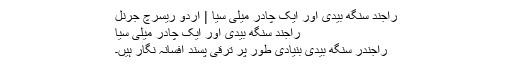
راجند سنگھ بیدی اور ایک چادر میلی سیا | اردو ریسرچ جرنل
راجند سنگھ بیدی اور ایک چادر میلی سیا
راجندر سنگھ بیدی بنیادی طور پر ترقی پسند افسانہ نگار ہیں۔